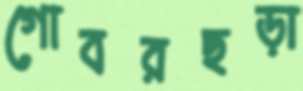
গোবরছড়া